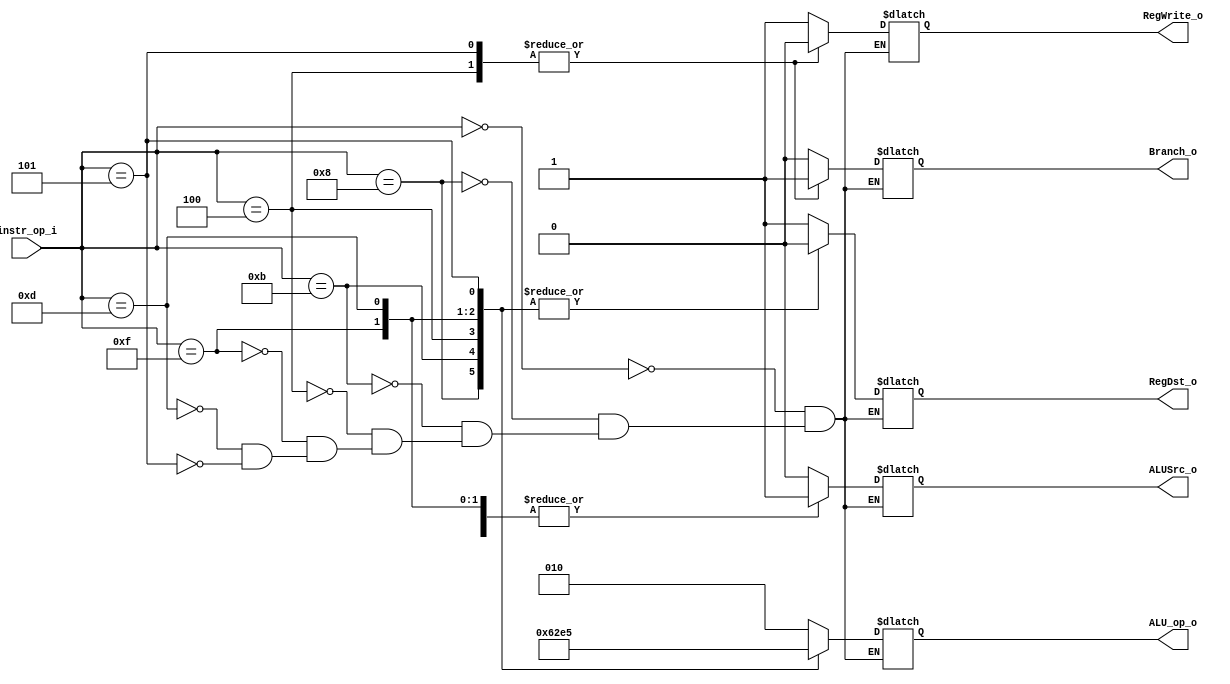

module Decoder(
    instr_op_i,
    RegWrite_o,
    ALU_op_o,
    ALUSrc_o,
    RegDst_o,
    Branch_o
    );

//I/O ports
input  [6-1:0] instr_op_i;

output         RegWrite_o;
output [3-1:0] ALU_op_o;
output         ALUSrc_o;
output         RegDst_o;
output         Branch_o;

//Internal Signals
reg    [3-1:0] ALU_op_o;
reg            ALUSrc_o;
reg            RegWrite_o;
reg            RegDst_o;
reg            Branch_o;

always@(*)
begin
	case(instr_op_i)
	6'b000000:
	begin
		RegWrite_o = 1'b1;
		ALU_op_o = 3'b010;
		ALUSrc_o = 1'b0;
		RegDst_o = 1'b1;
		Branch_o = 1'b0;
	end
	6'b001000:
	begin
		RegWrite_o = 1'b1;
		ALU_op_o = 3'b000;
		ALUSrc_o = 1'b1;
		RegDst_o = 1'b0;
		Branch_o = 1'b0;
	end
	6'b001011:
	begin
		RegWrite_o = 1'b1;
		ALU_op_o = 3'b110;
		ALUSrc_o = 1'b1;
		RegDst_o = 1'b0;
		Branch_o = 1'b0;
	end
	6'b000100:
	begin
		RegWrite_o = 1'b0;
		ALU_op_o = 3'b001;
		ALUSrc_o = 1'b0;
		RegDst_o = 1'b0;
		Branch_o = 1'b1;
	end
	6'b001111:
	begin
		RegWrite_o = 1'b1;
		ALU_op_o = 3'b011;
		ALUSrc_o = 1'b1;
		RegDst_o = 1'b0;
		Branch_o = 1'b0;
	end
	6'b001101:
	begin
		RegWrite_o = 1'b1;
		ALU_op_o = 3'b100;
		ALUSrc_o = 1'b1;
		RegDst_o = 1'b0;
		Branch_o = 1'b0;
	end
	6'b000101:
	begin
		RegWrite_o = 1'b0;
		ALU_op_o = 3'b101;
		ALUSrc_o = 1'b0;
		RegDst_o = 1'b0;
		Branch_o = 1'b1;
	end
	endcase
end



endmodule